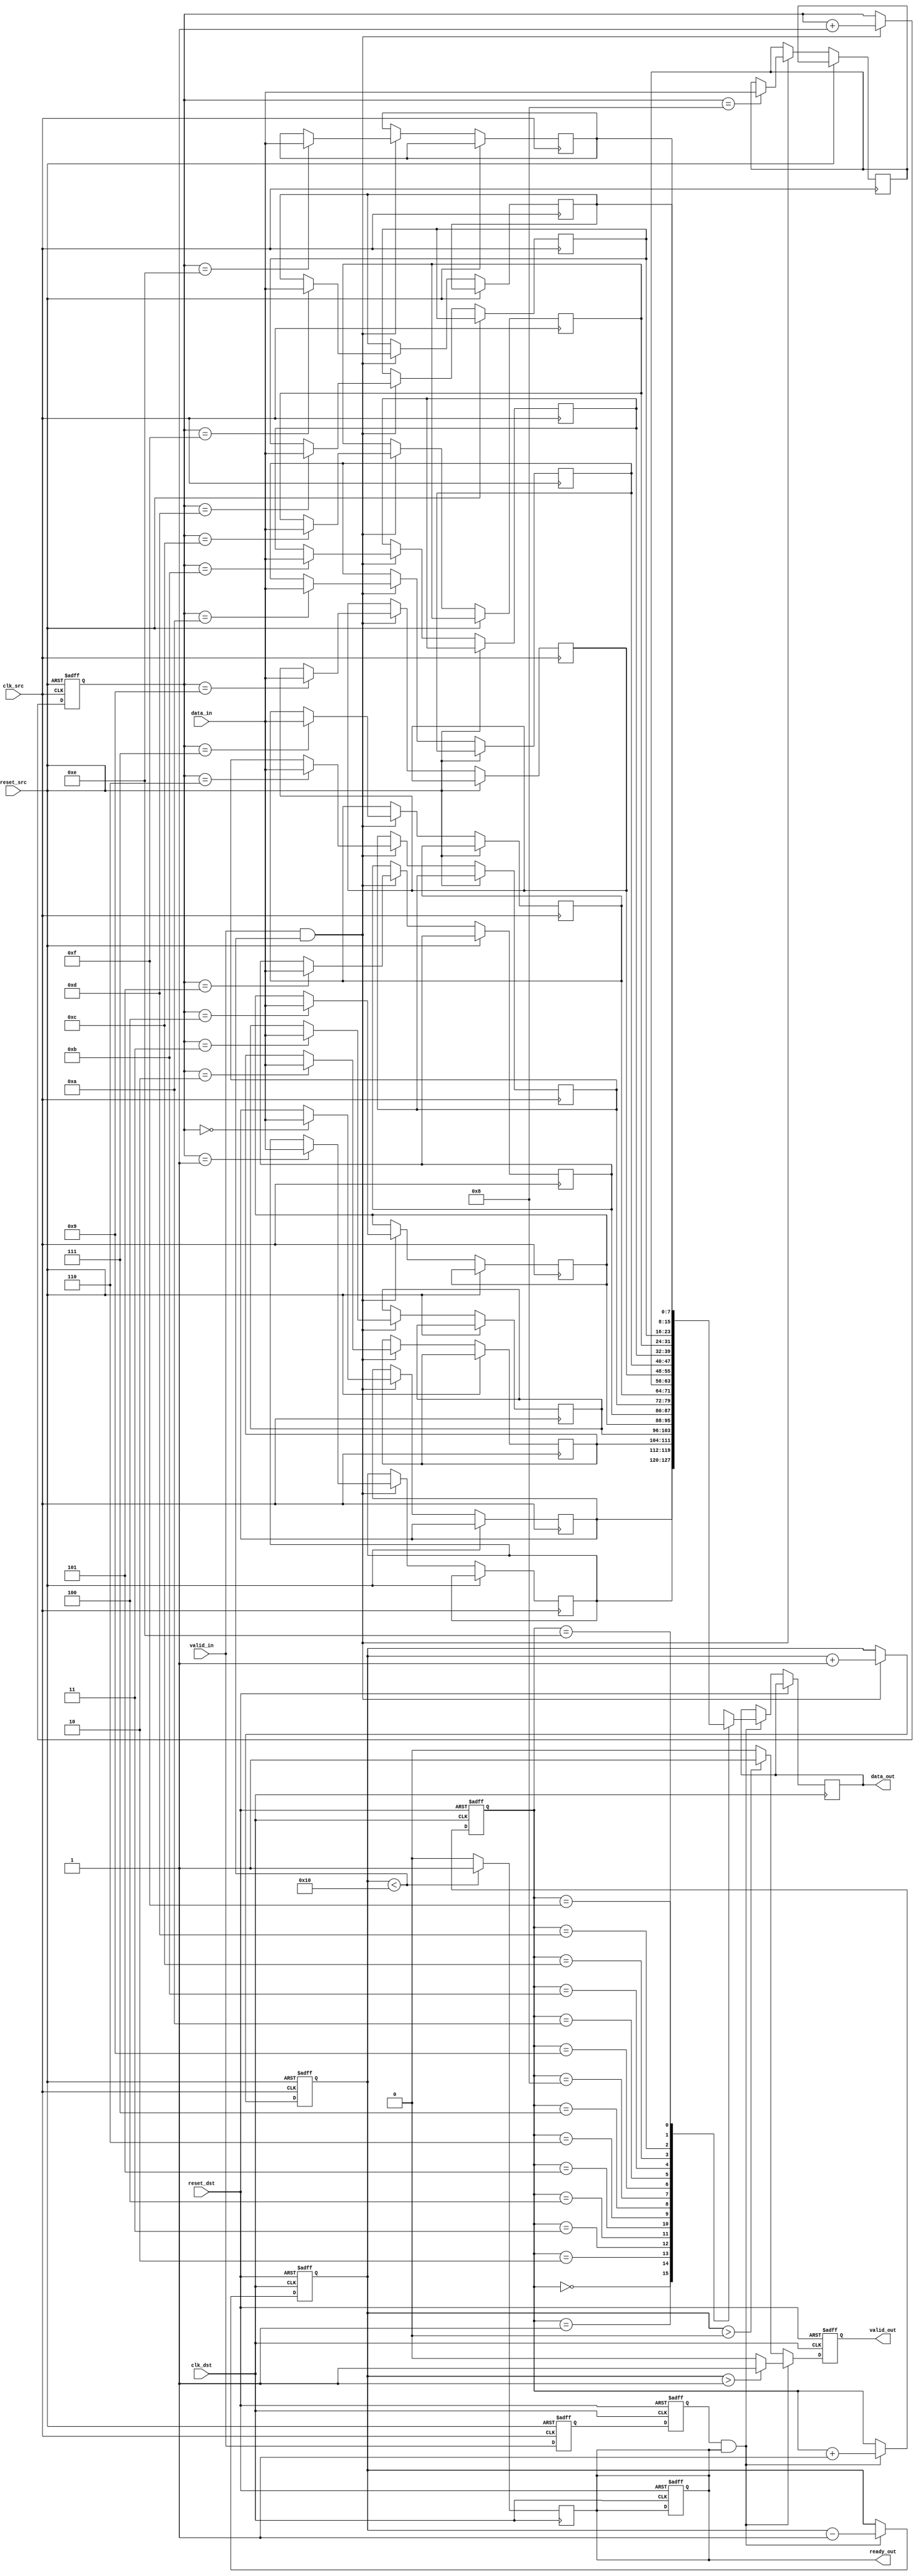
module memory_blocks_pipeline_synchronizer #(
    parameter DATA_WIDTH = 8,
    parameter FIFO_DEPTH = 16
)(
    input wire clk_src,
    input wire clk_dst,
    input wire reset_src,
    input wire reset_dst,
    input wire [DATA_WIDTH-1:0] data_in,
    input wire valid_in,
    output reg ready_out,
    output reg [DATA_WIDTH-1:0] data_out,
    output reg valid_out
);

    // FIFO buffer
    reg [DATA_WIDTH-1:0] fifo_mem [0:FIFO_DEPTH-1];
    reg [3:0] write_pointer;
    reg [3:0] read_pointer;
    reg [3:0] fifo_count;

    // Handshaking signals
    reg valid_in_sync;
    reg valid_out_sync;

    // Dual Flip-Flop Synchronizer
    reg [DATA_WIDTH-1:0] sync_data_1;
    reg [DATA_WIDTH-1:0] sync_data_2;

    // Reset logic
    always @(posedge clk_src or posedge reset_src) begin
        if (reset_src) begin
            valid_in_sync <= 1'b0;
        end else begin
            valid_in_sync <= valid_in;
        end
    end

    always @(posedge clk_dst or posedge reset_dst) begin
        if (reset_dst) begin
            valid_out_sync <= 1'b0;
        end else begin
            valid_out_sync <= valid_in_sync;
        end
    end

    // FIFO Write Logic
    always @(posedge clk_src or posedge reset_src) begin
        if (reset_src) begin
            write_pointer <= 4'b0;
            fifo_count <= 4'b0;
        end else if (valid_in && fifo_count < FIFO_DEPTH) begin
            fifo_mem[write_pointer] <= data_in;
            write_pointer <= write_pointer + 1;
            fifo_count <= fifo_count + 1;
        end
    end

    // FIFO Read Logic
    always @(posedge clk_dst or posedge reset_dst) begin
        if (reset_dst) begin
            read_pointer <= 4'b0;
            fifo_count <= 4'b0;
            valid_out <= 1'b0;
            ready_out <= 1'b1;
        end else if (valid_out_sync && ready_out) begin
            data_out <= fifo_mem[read_pointer];
            read_pointer <= read_pointer + 1;
            fifo_count <= fifo_count - 1;
            valid_out <= (fifo_count > 1) ? 1'b1 : 1'b0; // Valid if more data is available
        end else if (fifo_count > 0) begin
            valid_out <= 1'b1; // Indicate valid data is available
        end else begin
            valid_out <= 1'b0; // No valid data
        end
    end

    // Ready signal generation
    always @(posedge clk_dst) begin
        if (fifo_count < FIFO_DEPTH) begin
            ready_out <= 1'b1; // Ready to accept more data
        end else begin
            ready_out <= 1'b0; // Not ready
        end
    end

endmodule